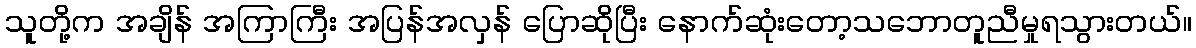
သူတို့က အချိန် အကြာကြီး အပြန်အလှန် ပြောဆိုပြီး နောက်ဆုံးတော့သဘောတူညီမှုရသွားတယ်။